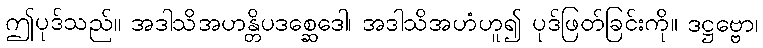
ဤပုဒ်သည်။ အဒါသိအဟန္တိပဒစ္ဆေဒေါ၊ အဒါသိအဟံဟူ၍ ပုဒ်ဖြတ်ခြင်းကို။ ဒဋ္ဌဗ္ဗော၊